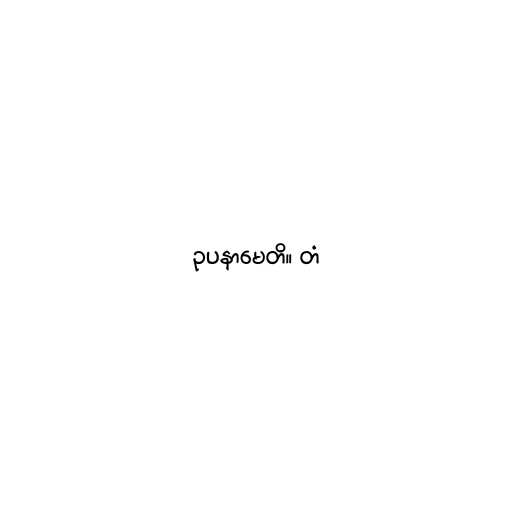
ဥပနာမေတိ။ တံ